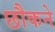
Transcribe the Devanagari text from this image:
छौकने